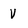
Character: V